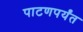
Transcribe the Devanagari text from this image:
पाटणपर्यंत